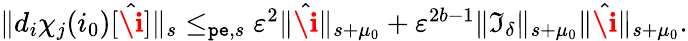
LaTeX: \begin{array}{r}{\rVert d_{i}\chi_{j}(i_{0})[\hat{\textbf{\i}}]\rVert_{s}\le_{\mathtt{pe},s}\varepsilon^{2}\rVert\hat{\textbf{\i}}\rVert_{s+\mu_{0}}+\varepsilon^{2b-1}\rVert\mathfrak{I}_{\delta}\rVert_{s+\mu_{0}}\rVert\hat{\textbf{\i}}\rVert_{s+\mu_{0}}.}\end{array}